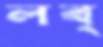
লব্